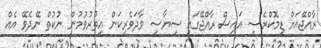
ރާއްޖޭއަށް ޑިމޮކްރެސީ އައިސް ރާއްޖޭގައި ސިޔާސީ ވާދަވެރިކަން އިތުރުވުމުން ނުކުތް ނޭދެވޭ އެއް